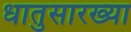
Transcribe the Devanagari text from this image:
धातुसारख्या